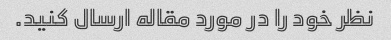
نظر خود را در مورد مقاله ارسال کنید.